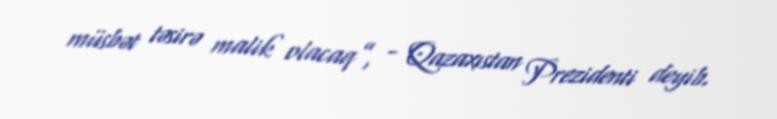
müsbət təsirə malik olacaq”, - Qazaxıstan Prezidenti deyib.